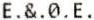
E.&.0.E.